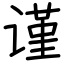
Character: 谨